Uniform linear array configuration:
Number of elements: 48
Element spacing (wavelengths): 0.25
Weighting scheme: kaiser
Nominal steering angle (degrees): -45
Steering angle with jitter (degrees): -46.133
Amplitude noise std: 0.05
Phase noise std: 0.05

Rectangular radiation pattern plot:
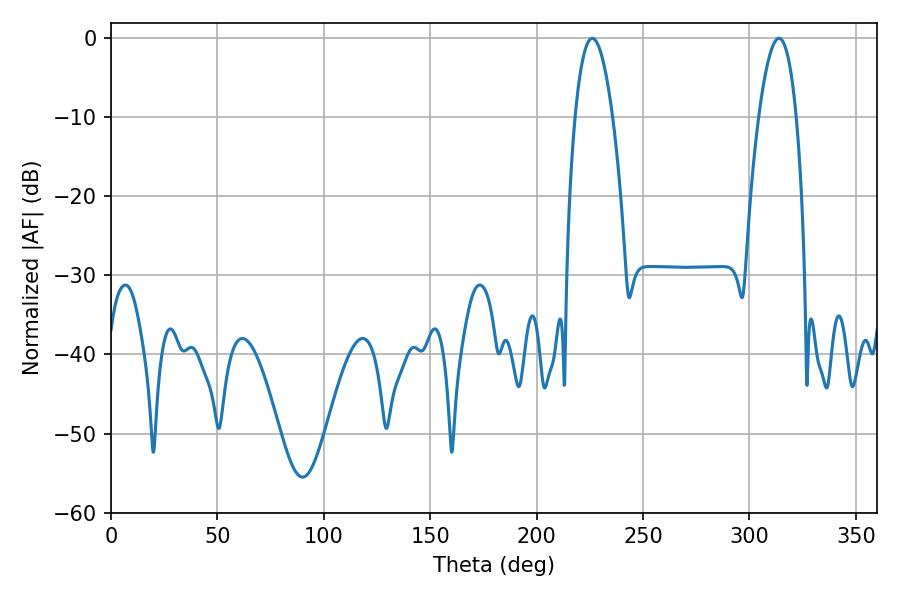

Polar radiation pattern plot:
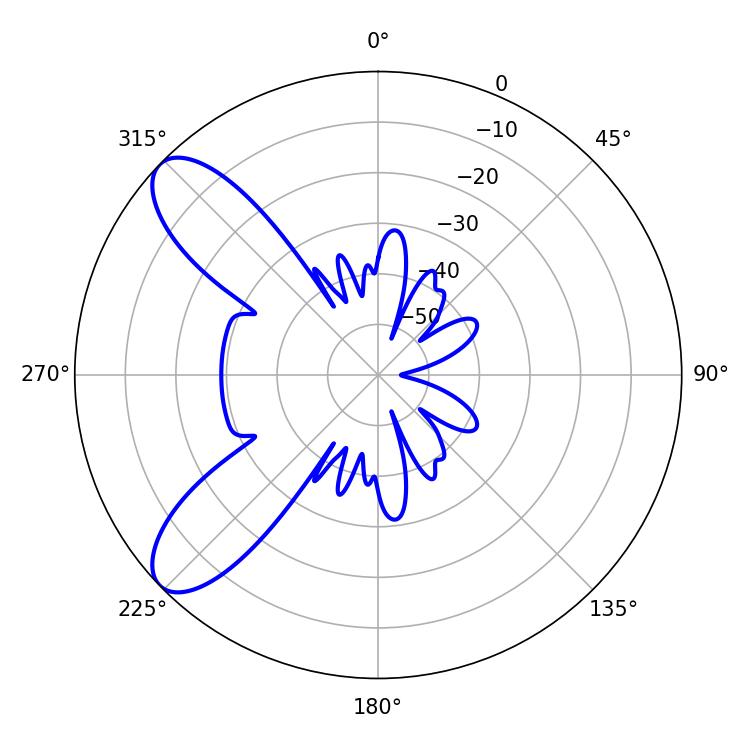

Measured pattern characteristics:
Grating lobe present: FALSE
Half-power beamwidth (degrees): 9.72
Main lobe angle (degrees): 226.08